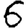
Digit: 6